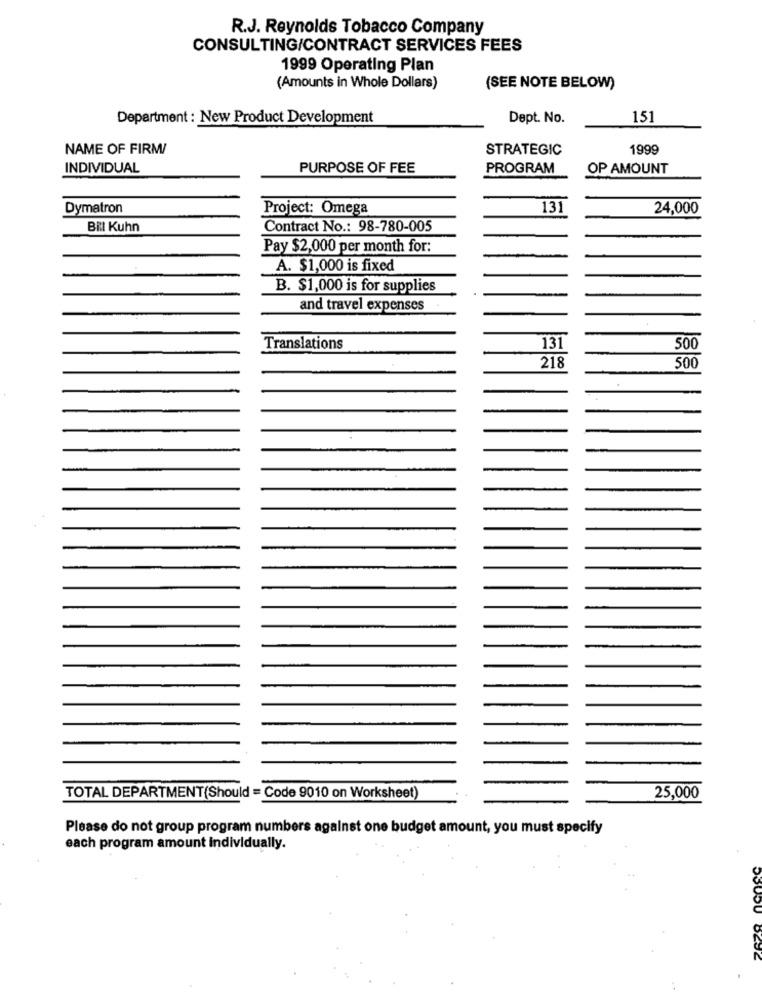
R.J. Reynolds Tobacco Company
CONSULTING/CONTRACT SERVICES FEES
1999 Operating Plan
(Amounts in Whole Dollars)
(SEE NOTE BELOW)
Department : New Product Development
Dept. No.
151
NAME OF FIRM/
STRATEGIC
1999
INDIVIDUAL
PURPOSE OF FEE
PROGRAM
OP AMOUNT
Dymatron
Project: Omega
131
24,000
Bill Kuhn
Contract No .: 98-780-005
Pay $2,000 per month for:
A. $1,000 is fixed
B. $1,000 is for supplies
and travel expenses
Translations
131
500
500
218
TOTAL DEPARTMENT(Should = Code 9010 on Worksheet)
25,000
Please do not group program numbers against one budget amount, you must specify
each program amount individually.